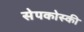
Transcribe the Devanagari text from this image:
सेपकोस्की